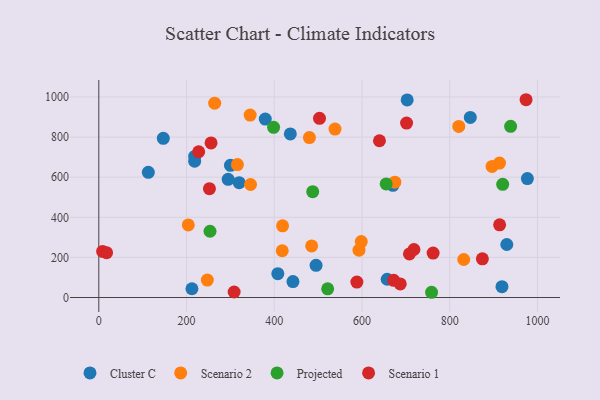
{"axis": {"x": "Engine Size", "y": "Yield"}, "legend": ["Cluster C", "Projected", "Scenario 1", "Scenario 2"], "data": [{"x": "112.9", "y": 624.3, "type": "Cluster C"}, {"x": "919.1", "y": 54.0, "type": "Cluster C"}, {"x": "218.5", "y": 679.4, "type": "Cluster C"}, {"x": "442.6", "y": 79.4, "type": "Cluster C"}, {"x": "379.5", "y": 889.8, "type": "Cluster C"}, {"x": "408.1", "y": 118.7, "type": "Cluster C"}, {"x": "147.0", "y": 793.8, "type": "Cluster C"}, {"x": "930.1", "y": 264.3, "type": "Cluster C"}, {"x": "977.0", "y": 593.3, "type": "Cluster C"}, {"x": "495.3", "y": 160.5, "type": "Cluster C"}, {"x": "218.5", "y": 703.4, "type": "Cluster C"}, {"x": "846.9", "y": 898.2, "type": "Cluster C"}, {"x": "670.5", "y": 559.6, "type": "Cluster C"}, {"x": "436.6", "y": 815.7, "type": "Cluster C"}, {"x": "320.0", "y": 572.6, "type": "Cluster C"}, {"x": "657.4", "y": 91.0, "type": "Cluster C"}, {"x": "212.3", "y": 43.8, "type": "Cluster C"}, {"x": "294.9", "y": 589.4, "type": "Cluster C"}, {"x": "300.1", "y": 659.4, "type": "Cluster C"}, {"x": "703.0", "y": 985.3, "type": "Cluster C"}, {"x": "345.9", "y": 563.6, "type": "Scenario 2"}, {"x": "485.2", "y": 257.3, "type": "Scenario 2"}, {"x": "316.0", "y": 662.7, "type": "Scenario 2"}, {"x": "418.2", "y": 233.1, "type": "Scenario 2"}, {"x": "247.4", "y": 87.1, "type": "Scenario 2"}, {"x": "264.1", "y": 969.3, "type": "Scenario 2"}, {"x": "913.5", "y": 670.6, "type": "Scenario 2"}, {"x": "896.5", "y": 653.8, "type": "Scenario 2"}, {"x": "593.1", "y": 235.9, "type": "Scenario 2"}, {"x": "345.0", "y": 909.6, "type": "Scenario 2"}, {"x": "480.1", "y": 797.7, "type": "Scenario 2"}, {"x": "204.0", "y": 361.9, "type": "Scenario 2"}, {"x": "538.5", "y": 839.7, "type": "Scenario 2"}, {"x": "831.9", "y": 189.6, "type": "Scenario 2"}, {"x": "820.6", "y": 853.1, "type": "Scenario 2"}, {"x": "598.3", "y": 279.0, "type": "Scenario 2"}, {"x": "674.9", "y": 575.0, "type": "Scenario 2"}, {"x": "418.9", "y": 357.3, "type": "Scenario 2"}, {"x": "487.6", "y": 527.7, "type": "Projected"}, {"x": "655.1", "y": 566.4, "type": "Projected"}, {"x": "253.5", "y": 330.4, "type": "Projected"}, {"x": "398.5", "y": 848.5, "type": "Projected"}, {"x": "758.6", "y": 26.1, "type": "Projected"}, {"x": "920.7", "y": 564.3, "type": "Projected"}, {"x": "938.8", "y": 853.8, "type": "Projected"}, {"x": "521.7", "y": 43.1, "type": "Projected"}, {"x": "708.2", "y": 217.4, "type": "Scenario 1"}, {"x": "672.2", "y": 85.7, "type": "Scenario 1"}, {"x": "252.2", "y": 542.8, "type": "Scenario 1"}, {"x": "8.7", "y": 229.7, "type": "Scenario 1"}, {"x": "588.3", "y": 76.9, "type": "Scenario 1"}, {"x": "718.4", "y": 239.3, "type": "Scenario 1"}, {"x": "17.7", "y": 223.8, "type": "Scenario 1"}, {"x": "308.5", "y": 27.5, "type": "Scenario 1"}, {"x": "874.4", "y": 192.7, "type": "Scenario 1"}, {"x": "255.9", "y": 771.0, "type": "Scenario 1"}, {"x": "974.0", "y": 986.3, "type": "Scenario 1"}, {"x": "701.6", "y": 869.7, "type": "Scenario 1"}, {"x": "503.1", "y": 893.5, "type": "Scenario 1"}, {"x": "687.2", "y": 67.9, "type": "Scenario 1"}, {"x": "639.8", "y": 781.7, "type": "Scenario 1"}, {"x": "762.1", "y": 221.6, "type": "Scenario 1"}, {"x": "227.7", "y": 726.8, "type": "Scenario 1"}, {"x": "913.7", "y": 362.7, "type": "Scenario 1"}]}